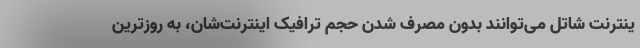
ینترنت شاتل می‌توانند بدون مصرف شدن حجم ترافیک اینترنت‌شان، به روزترین